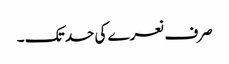
صرف نعرے کی حد تک ۔